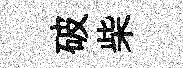
破柴